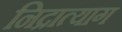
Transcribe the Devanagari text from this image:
निद्रात्याग